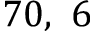
7 0 , \ 6